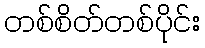
တစ်စိတ်တစ်ပိုင်း